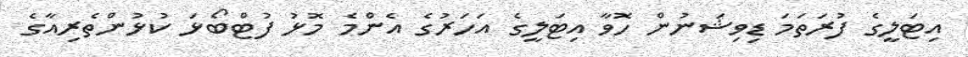
އިޓަލީގެ ފުރަތަމަ ޑިވިޝަނުން ހޮވާ އިޓަލީގެ އަހަރުގެ އެންމެ މޮޅު ފުޓްބޯޅަ ކުޅުންތެރިއާގެ